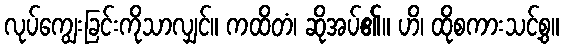
လုပ်ကျွေးခြင်းကိုသာလျှင်။ ကထိတံ၊ ဆိုအပ်၏။ ဟိ၊ ထိုစကားသင့်စွ။